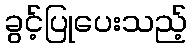
ခွင့်ပြုပေးသည့်